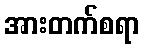
အားတက်စရာ